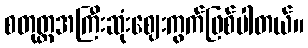
စတုတ္ထအကြီးဆုံးဈေးကွက်ဖြစ်ပါတယ်။